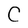
Character: C